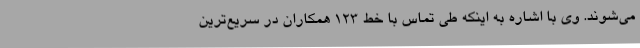
می‌شوند. وی با اشاره به اینکه طی تماس با خط 123 همکاران در سریع‌ترین